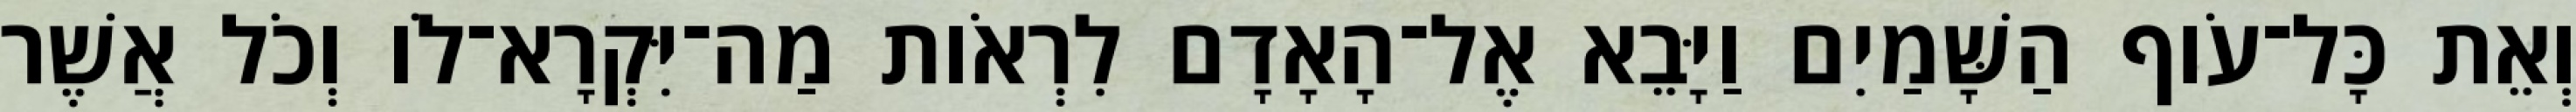
וְאֵת כָּל־עֹוף הַשָּׁמַיִם וַיָּבֵא אֶל־הָאָדָם לִרְאֹות מַה־יִּקְרָא־לֹו וְכֹל אֲשֶׁר